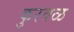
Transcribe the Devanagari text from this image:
कुरवळ